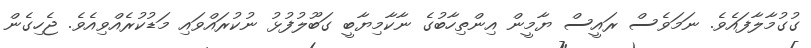
ގުގުމާލާފައެވެ. ނަމަވެސް ރައީސް ޔާމީން އިންތިހާބުގެ ނާކާމިޔާބީ ގަބޫލުފުޅު ނުކުރައްވައި މަޑުކުރެއްވިއެވެ. ޖެހިގެން